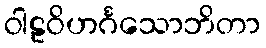
ဝါဠဝိဟင်္ဂသောဘိတာ